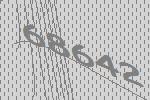
68642